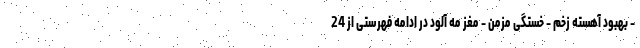
- بهبود آهسته زخم - خستگی مزمن - مغز مه آلود در ادامه فهرستی از 24